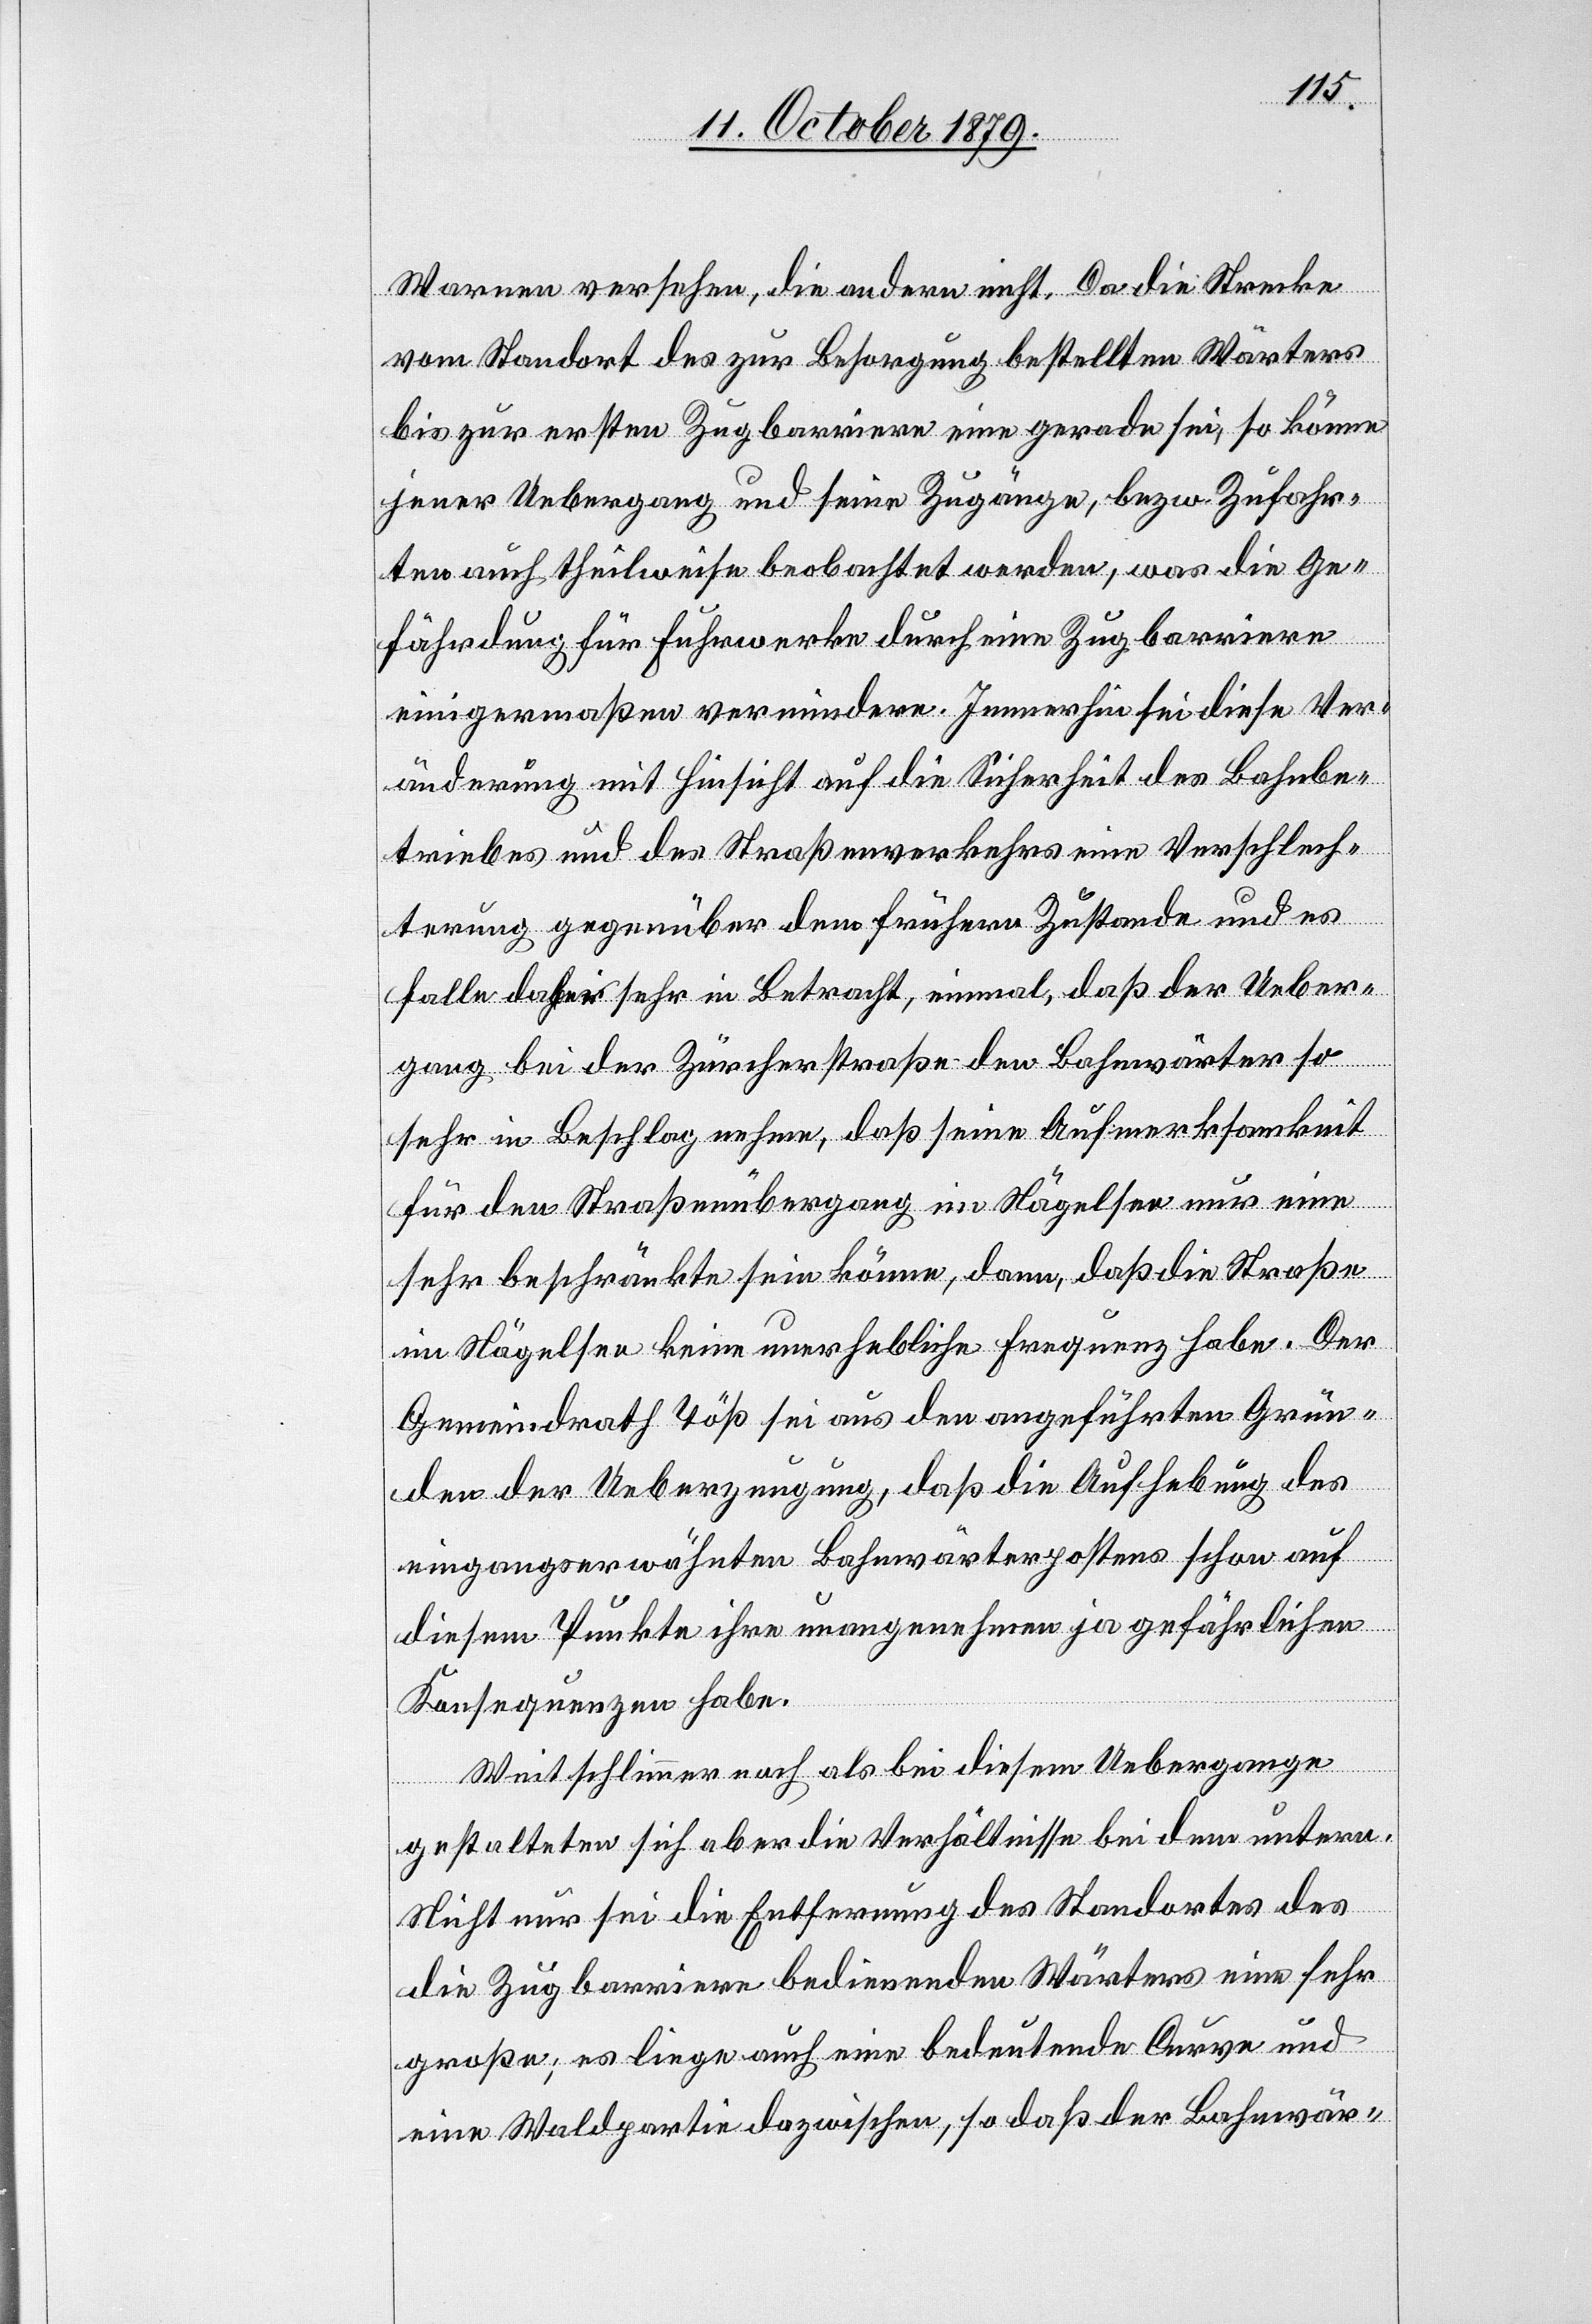
Warnen versehen, die andere nicht. Da die Strecke
vom Standort des zur Besorgung bestellten Wärters
bis zur ersten Zugbarriere eine gerade sei, so könne
jener Uebergang und seine Zugänge, bezw. Zufahr¬
ten auch theilweise beobachtet werden, was die Ge¬
fährdung für Fuhrwerke durch eine Zugbarriere
einigermaßen vermindere. Immerhin sei diese Ver¬
änderung mit Hinsicht auf die Sicherheit des Bahnbe¬
triebes und des Straßenverkehrs eine Verschlech¬
terung gegenüber dem frühern Zustande und es
falle daher sehr in Betracht, einmal, daß der Ueber¬
ine
gang bei der Zufahrtstraße den Bahnwärter so
sehr in Beschlag nehme, daß seine Aufmerksamkeit
für den Straßenübergang im Nägelsee nur eine
sehr beschränkte sein könne, dann, daß die Straße
im Nägelsee keine unerhebliche Frequenz habe. Der
Gemeindrath Töß sei aus den angeführten Grün¬
den der Ueberzeugung, daß die Aufhebung des
eingangserwähnten Bahnwärterpostens schon auf
diesem Punkte ihre unangenehmen ja gefährlichen
Konsequenzen habe.
Weit schlimmer noch als bei diesem Uebergange
gestalteten sich aber die Verhältnisse bei dem untern.
Nicht nur sei die Entfernung des Standortes e¬
große; es liege auch eine bedeutende Curve und
eine Waldpartei dazwischen, so daß der Bahnwär-